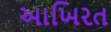
આખિરત